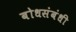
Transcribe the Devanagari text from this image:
बोधसंबंधी